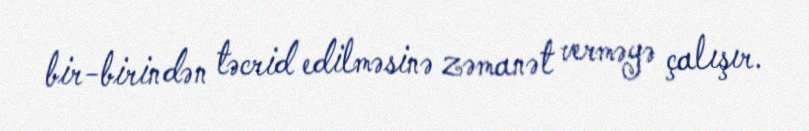
bir-birindən təcrid edilməsinə zəmanət verməyə çalışır.